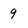
Character: 9